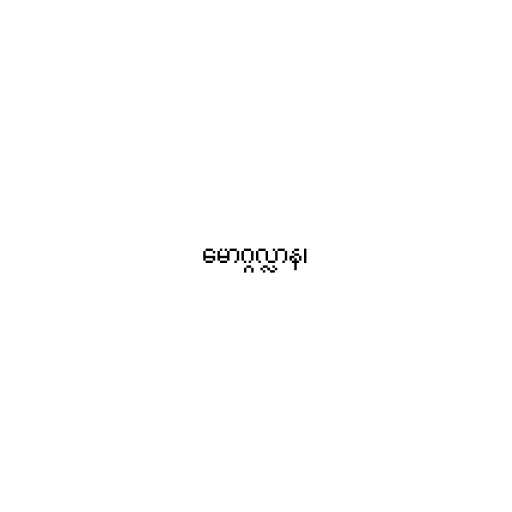
မောဂ္ဂလ္လာန၊